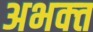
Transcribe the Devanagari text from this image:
अभक्‍त